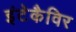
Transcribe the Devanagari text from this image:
इंटेकैविर